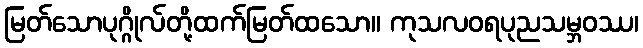
မြတ်သောပုဂ္ဂိုလ်တို့ထက်မြတ်ထသော။ ကုသလဝရပုညသမ္ဘဝဿ၊